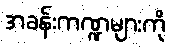
အခန်းကဏ္ဍများကို